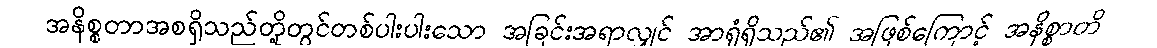
အနိစ္စတာအစရှိသည်တို့တွင်တစ်ပါးပါးသော အခြင်းအရာလျှင် အာရုံရှိသည်၏ အဖြစ်ကြောင့် အနိစ္စာတိ